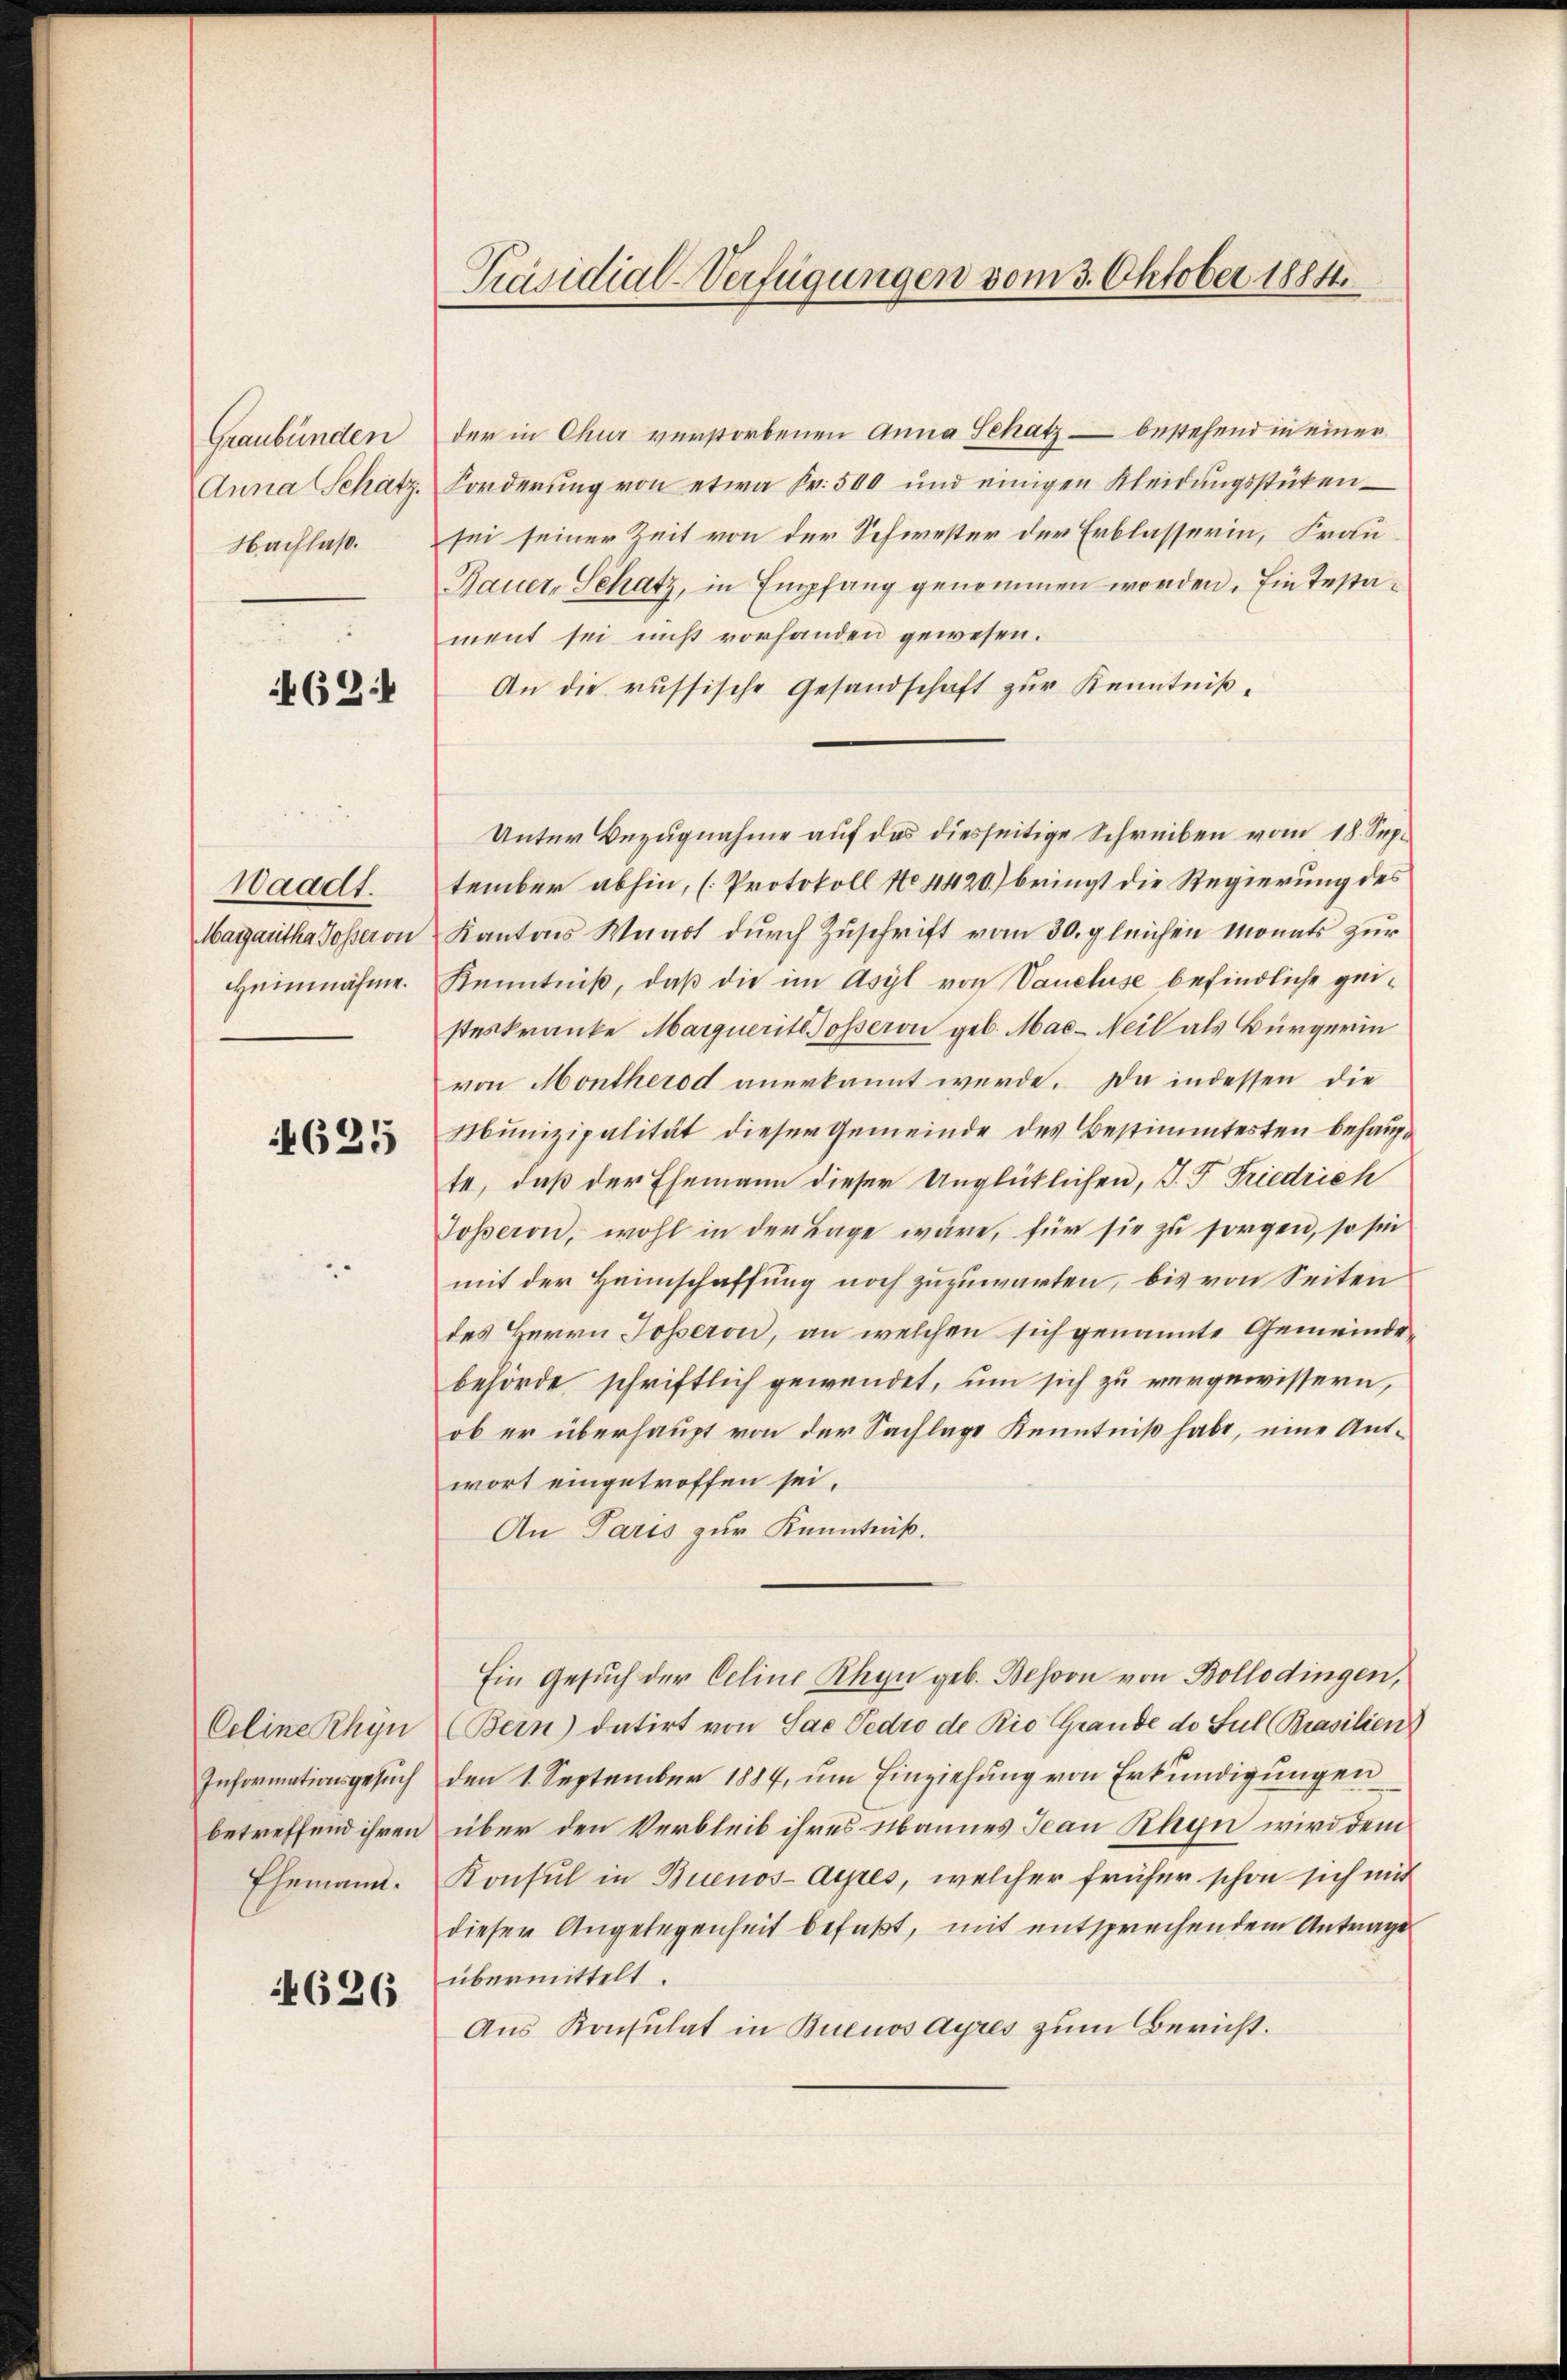
Graubünden
Anna Schätz
Nachlaß.

62:

Waadt.
Margaritha Posseron
Heimähme.

4625

Celine Rhyn
Informationsgesuch
betreffend ihren
Ehemann.

4626

Präsidial-Verfügungen vom 3. Oktober 1884.

der in Chur verstorbenen Anna Schatz – bestehend in einer
Forderung von etwa Fr. 500 und einigen Kleidŭngsstükensei seiner Zeit von der Schwester der Erblasserin, Frau
Bauer, Schatz, in Empfang genommen worden. Ein Testament sei nicht vorhanden gewesen.
An die russische Gesandschaft zur Kenntniß¬
Unter Bezugnahme auf das diesseitige Schreiben vom 18. September abhin, (Protokoll No 1420) bringt die Regierung des
Kantons Waadt durch Zuschrift vom 30. gleichen Monats zur
Kenntniß, daß die im Asyl von Vaneluse befindliche geisteskranke Marqueritoosseron geb. Mac-Neil als Bürgerin
von Montherod anerkannt werde. Da indessen die
Munizipalität dieser Gemeinde des Bestimmtesten behaupte, daß der Ehemann dieser Unglücklichen, J. F. Friedrich
Josseron, wohl in der Lage wäre, für sie zu sorgen, so sie
mit der Heimschaffung noch zuzuwarten, bis von Seiten
des Herrn Josseron, an welchen sich genannte Gemeinde
behörde schriftlich gewendet, um sich zu vergewissern,
ob er überhaupt von der Sachlage Kenntniß habe, eine Antwort eingetroffen sei.
An Paris zur Kenntniß.
Ein Gesuch der Celine Rhyn geb. Besoon von Bollodingen,
Bern) datirt von Sax Tedro de Rio Grande de Sul (Brasilien)
den 1. September 1884, um Einziehung von Erkundigungen
über den Verbleib ihres Mannes Jean Rhyn wird dem
Konsul in Buenos-Aepes, welcher früher schon sich mit
dieser Angelegenheit befaßt, mit entsprechendem Antrage
übermittelt.
Aus Konsulat in Buenos Ayres zum Bericht.